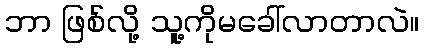
ဘာ ဖြစ်လို့ သူ့ကိုမခေါ်လာတာလဲ။